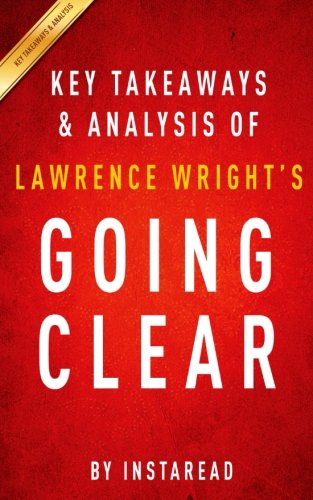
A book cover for Key Takeaways  & Analysis of Lawrence Wright's Going Clear: Scientology, Hollywood, and the Prison of Belief; Instaread; Religion & Spirituality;